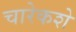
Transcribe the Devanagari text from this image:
चारेकशे